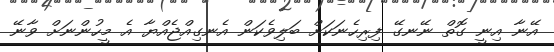
އޭނާ އިނީ ގޮތް ނޭނގޭ ފިރިހެނަކަށް ބަލިވެކަން އެނގިއްޖެއްޔާ އެ މީހުންނަށް ވާނޭ